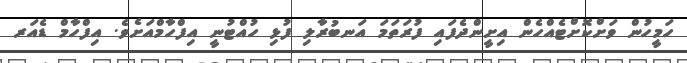
ހަމީހުން ވަށްކޮށްޓެއްހެން އިށީންދެފައި ފުރަތަމަ އަނބުރާލި ފުޅި ހުއްޓުނީ އިފްހާމްއަށެވެ. އިފްހާމް ޑެއަރ